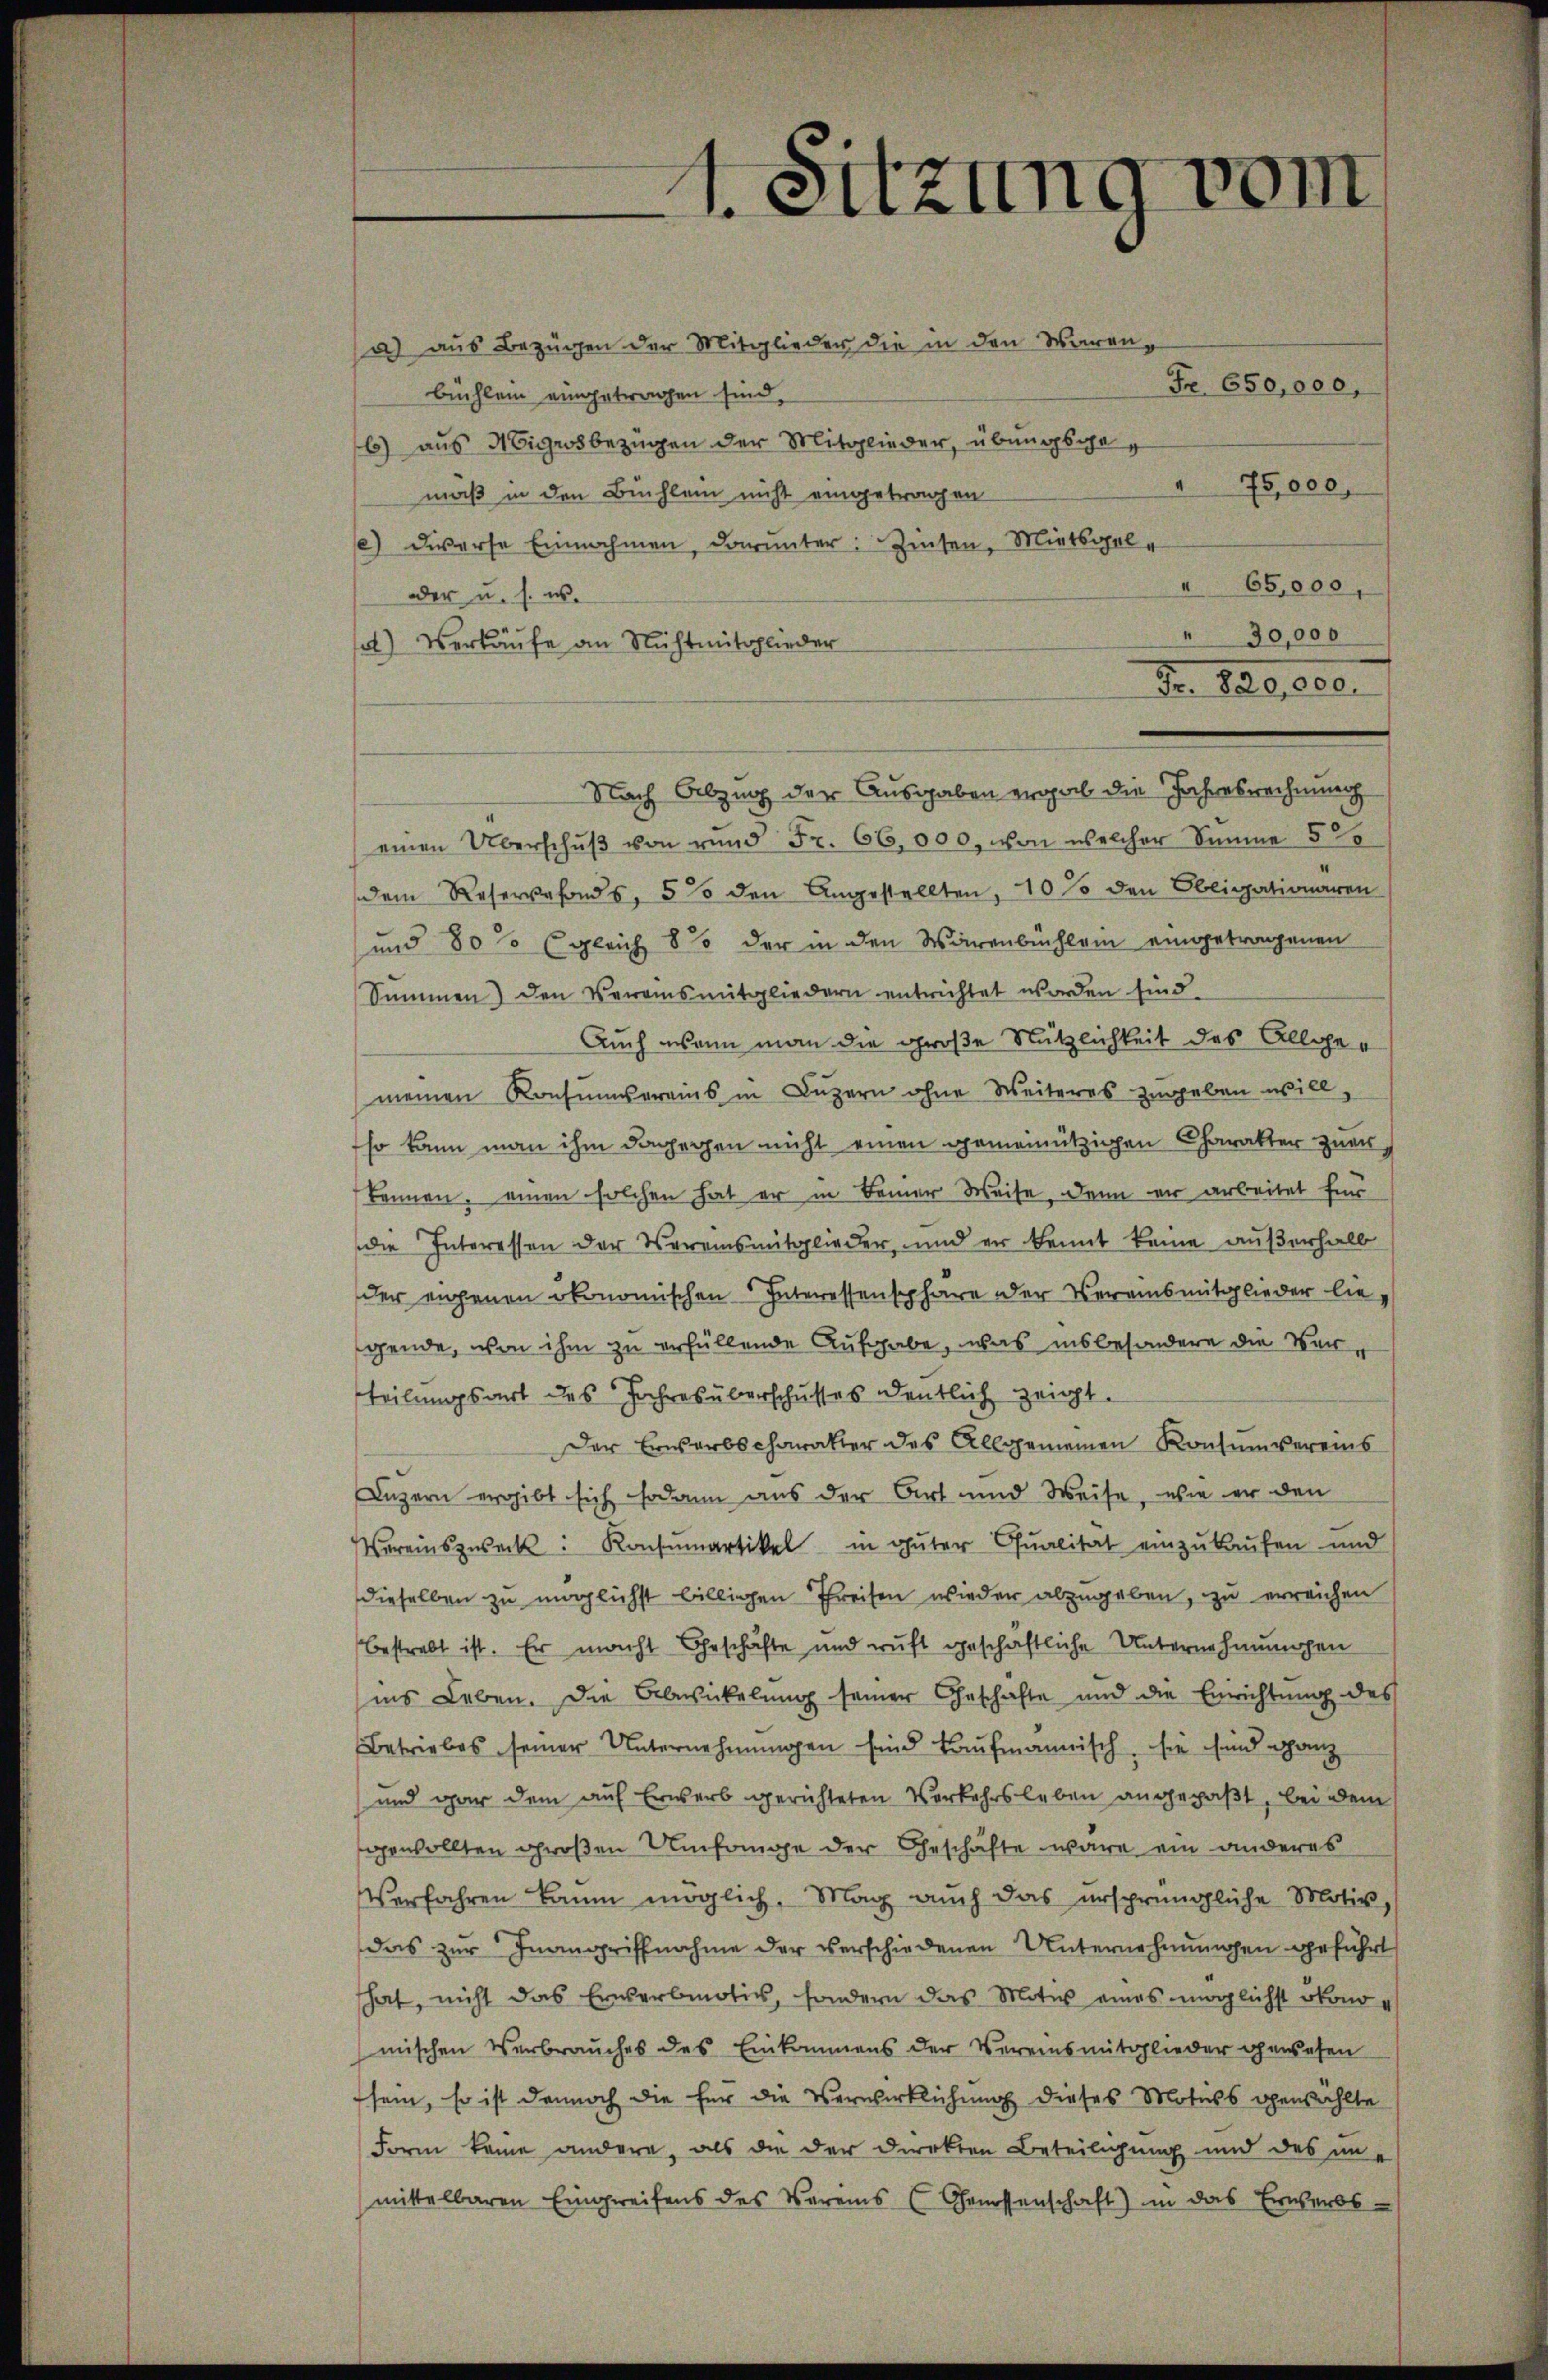
a) aus Bezügen der Mitglieder die in den Waren-
Fr. 650,000,
Büchlein eingetragen sind,
6) aus Nigros bezügen der Mitglieder, übungsge¬
75,000.
mäß in den Büchlein nicht eingetragen
e) diese Einnahmen, darunter: Zinsen, Mietsgel¬
65,000,
oer u. s. w.
30,000
s) Verkäufe an Nichtmitglieder
No. 120,000.
Nach Abzug der Ausgaben ergab die Jahresrechnung
einen Überschŭβ von rund Fr. 66,000, von welcher Simme 52
dem Reservefonds, 5% den Angestellten, 10 % den Obligationaren
und 80% (gleich 8 % der in den Wärenbüchlein eingetragenen
Summen) den Vereinsmitgliedern entrichtet worden sind.
Auch wann man die große Nützlichkeit des Allgemeinen Konsumvereins in Luzern ohne Weiteres zugeben will,
so kann man ihm dagegen nicht einen gemeinützigen Charakter zuer
kennen, einen solchen hat er in Beiner Weise, dann er arbeitet für
die Interessen der Vereinsmitglieder, und er kannt keine außerhalb
der eigenen ökonomischen Interessensphäre der Vereinsmitglieder liegende, von ihm zu erfüllende Aufgabe, was insbesondere die Verteilungsart des Jahres überschusses deutlich zeigt.
Der Erwerbscharakter des Allgemeinen Konsumvereins
Luzern ergibt sich sodann aus der Art und Weise, wie er den
Vereinszweck: Konsumartikel in guter Qualität einzukaufen und
dieselben zu möglichst billigen Preisen wieder abzugeben, zu erreichen
bestrebt ist. Er macht Geschäfte und ruft geschäftliche Unternehmungen
ins Leben. Die Abwickelung seiner Geschäfte und die Einrichtung des
Betriebes seiner Unternehmungen sind kaufmannisch, sie sind ganz
und gar dem auf Erwerb gerichteten Verkehrsleben angepaßt, bei dem
gewollten großen Umfange der Geschäfte wäre ein anderes
Verfahren kaum möglich, Mag auch das ursprüngliche Motiv,
das zur Inangriffnahme der verschiedenen Unternehmungen geführt
That, nicht das Erwerbmotiv, sondern das Motiv eines möglichst ökonomischen Verbrauches des Einkommens der Vereinsmitglieder gewesen
sein, so ist dennoch die für die Verwirklichung dieses Motivs gewählte
Form kame andere, als die der Direkten Beteiligung und des un-
mittelbaren Eingreifens des Vereins (Genossenschaft) im das Erwerbs-

1
Sitzung vom